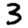
Digit: 3